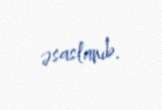
əsaslanıb.